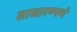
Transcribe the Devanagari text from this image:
साधारण्पणे